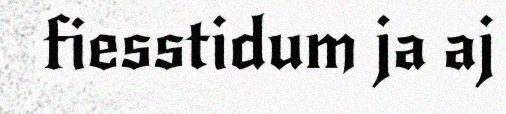
fiesstidum ja aj